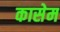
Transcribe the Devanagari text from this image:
कासेम